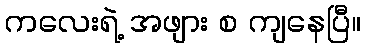
ကလေးရဲ့ အဖျား စ ကျနေပြီ။